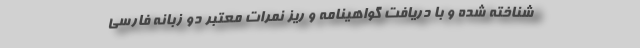
شناخته شده و با دریافت گواهینامه و ریز نمرات معتبر دو زبانه فارسی